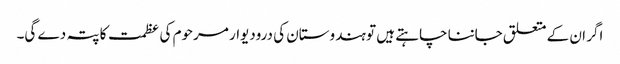
اگر ان کے متعلق جاننا چاہتے ہیں تو ہندوستان کی درودیوار مرحوم کی عظمت کا پتہ دے گی۔